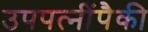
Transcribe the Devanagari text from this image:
उपपत्‍नींपैकी